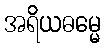
အရိယဓမ္မေ